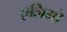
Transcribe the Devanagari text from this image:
एलिमो